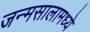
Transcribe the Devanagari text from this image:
जन्मसालामध्ये